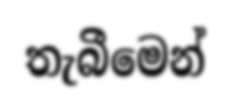
තැබීමෙන්